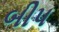
બીપ